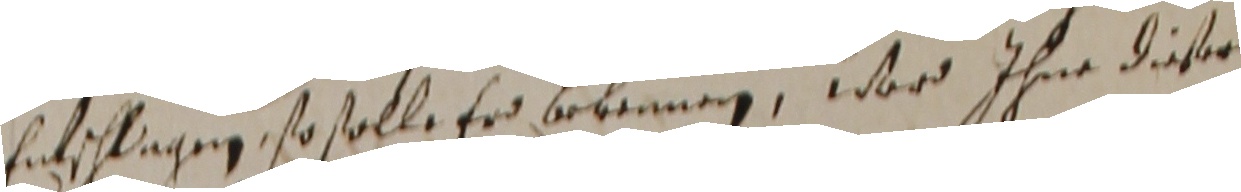
entschlagen, so solle er bekennen, ward ihne diese